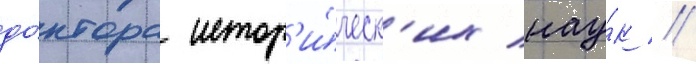
до́ктора истор'и́ческ'их нау́к //